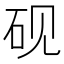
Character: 砚